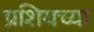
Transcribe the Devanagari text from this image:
प्रशियच्या